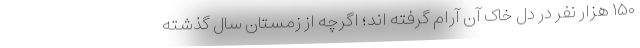
۱۵۰ هزار نفر در دل خاک آن آرام گرفته اند؛ اگرچه از زمستان سال گذشته